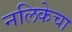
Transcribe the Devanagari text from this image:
नलिकेचा